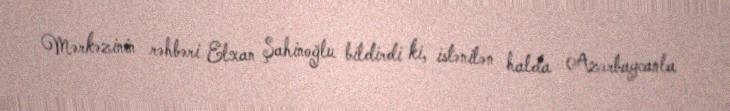
Mərkəzinin rəhbəri Elxan Şahinoğlu bildirdi ki, istənilən halda Azərbaycanla